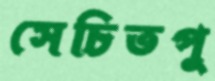
সেচিতপু